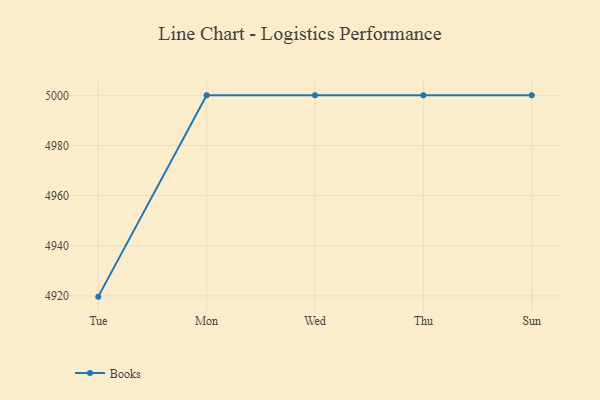
{"axis": {"x": "Day", "y": "Humidity (%)"}, "legend": ["Books"], "data": [{"x": "Tue", "y": 4919.7, "type": "Books"}, {"x": "Mon", "y": 5000, "type": "Books"}, {"x": "Wed", "y": 5000, "type": "Books"}, {"x": "Thu", "y": 5000, "type": "Books"}, {"x": "Sun", "y": 5000, "type": "Books"}]}